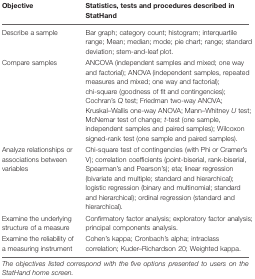
<table><thead><tr><td><b>Objective</b></td><td><b>Statistics, tests and procedures described in StatHand</b></td></tr></thead><tbody><tr><td>Describe a sample</td><td>Bar graph; category count; histogram; interquartile range; Mean; median; mode; pie chart; range; standard deviation; stem-and-leaf plot.</td></tr><tr><td>Compare samples</td><td>ANCOVA (independent samples and mixed; one way and factorial); ANOVA (independent samples, repeated measures and mixed; one way and factorial); chi-square (goodness of fit and contingencies); Cochran’s <i>Q</i> test; Friedman two-way ANOVA; Kruskal–Wallis one-way ANOVA; Mann–Whitney <i>U</i> test; McNemar test of change; <i>t</i>-test (one sample, independent samples and paired samples); Wilcoxon signed-rank test (one sample and paired samples).</td></tr><tr><td>Analyze relationships or associations between variables</td><td>Chi-square test of contingencies (with Phi or Cramer’s V); correlation coefficients (point-biserial, rank-biserial, Spearman’s and Pearson’s); eta; linear regression (bivariate and multiple; standard and hierarchical); logistic regression (binary and multinomial; standard and hierarchical); ordinal regression (standard and hierarchical).</td></tr><tr><td>Examine the underlying structure of a measure</td><td>Confirmatory factor analysis; exploratory factor analysis; principal components analysis.</td></tr><tr><td>Examine the reliability of a measuring instrument</td><td>Cohen’s kappa; Cronbach’s alpha; intraclass correlation; Kuder–Richardson 20; Weighted kappa.</td></tr></tbody></table>